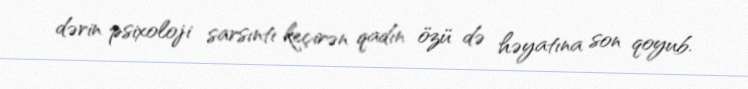
dərin psixoloji sarsıntı keçirən qadın özü də həyatına son qoyub.